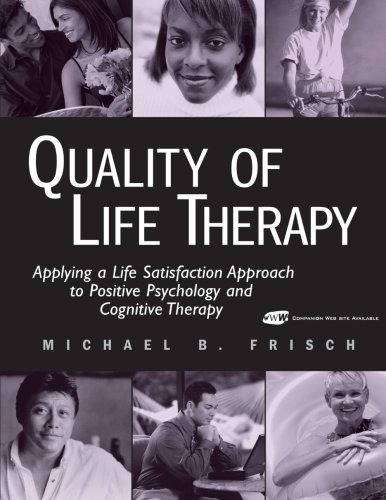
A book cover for Quality of Life Therapy: Applying a Life Satisfaction Approach to Positive Psychology and Cognitive Therapy; Michael B. Frisch; Medical Books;